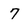
Character: 7